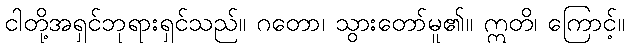
ငါတို့အရှင်ဘုရားရှင်သည်။ ဂတော၊ သွားတော်မူ၏။ ဣတိ၊ ကြောင့်။